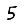
Digit: 5